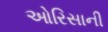
ઓરિસાની